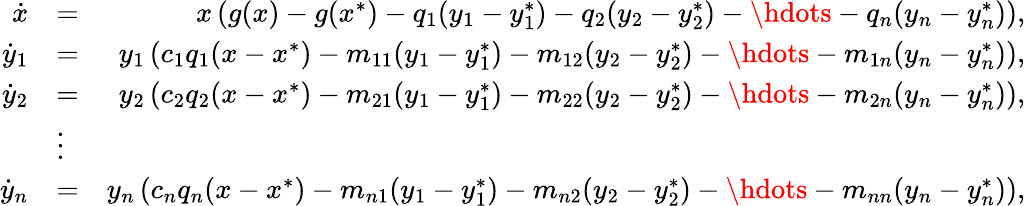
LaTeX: \begin{array}{rlr}{\dot{x}}&{=}&{x\left(g(x)-g(x^{*})-q_{1}(y_{1}-y_{1}^{*})-q_{2}(y_{2}-y_{2}^{*})-\hdots-q_{n}(y_{n}-y_{n}^{*})\right),}\\ {\dot{y}_{1}}&{=}&{y_{1}\left(c_{1}q_{1}(x-x^{*})-m_{11}(y_{1}-y_{1}^{*})-m_{12}(y_{2}-y_{2}^{*})-\hdots-m_{1n}(y_{n}-y_{n}^{*})\right),}\\ {\dot{y}_{2}}&{=}&{y_{2}\left(c_{2}q_{2}(x-x^{*})-m_{21}(y_{1}-y_{1}^{*})-m_{22}(y_{2}-y_{2}^{*})-\hdots-m_{2n}(y_{n}-y_{n}^{*})\right),}\\ &{\vdots}&\\ {\dot{y}_{n}}&{=}&{y_{n}\left(c_{n}q_{n}(x-x^{*})-m_{n1}(y_{1}-y_{1}^{*})-m_{n2}(y_{2}-y_{2}^{*})-\hdots-m_{nn}(y_{n}-y_{n}^{*})\right),}\end{array}